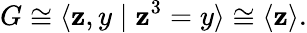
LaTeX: G\cong\langle\mathbf{z},y\mid\mathbf{z}^{3}=y\rangle\cong\langle\mathbf{z}\rangle.